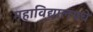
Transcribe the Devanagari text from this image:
महाविद्यालयचे